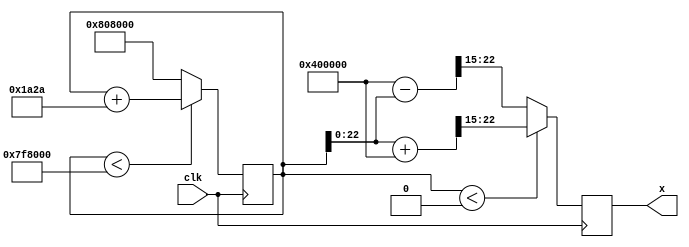

module siggen(
	input clk,
	output reg signed [7:0] x
);
	initial x = 8'sd0;
    //        Q2.22(-2,2)
	reg signed [23:0] pacc; initial pacc = 24'sd0;
	always@(posedge clk) begin
		if(pacc < 24'sh7F_8000)		
			pacc <= pacc + 24'sd6698;
		else
			pacc <= -24'sh7F_8000;
	end

	//             Q1.7(-1,1) Q2.22(-2,2)  Q2.22(1.0)
	wire signed [7:0] yrise = (pacc + (24'sd1 <<< 22)) >>> 15;
//                 Q1.7(-1,1) Q2.22(1.0)  Q2.22(-2,2)
	wire signed [7:0] yfall = ((24'sd1 <<< 22) - pacc) >>> 15;
	always@(posedge clk) begin
		if(pacc < 24'sd0)
			x <= yrise;
		else
			x <= yfall;
	end

endmodule